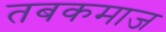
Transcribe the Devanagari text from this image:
तबकमाज